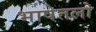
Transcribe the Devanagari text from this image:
भाषेतलो